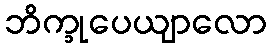
ဘိက္ခုပေယျာလော